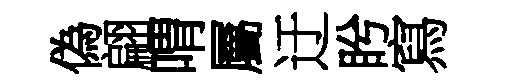
偽翩喟屬迂盻寫